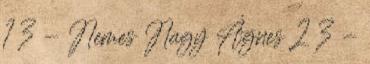
1 3 - Nemes Nagy Ágnes 2 3 -